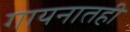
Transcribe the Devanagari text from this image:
गायनातही